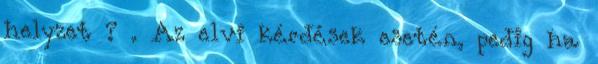
helyzet ? . Az elvi kérdések esetén, pedig ha